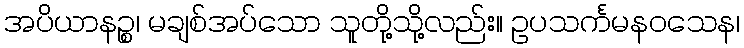
အပိယာနဉ္စ၊ မချစ်အပ်သော သူတို့သို့လည်း။ ဥပသင်္ကမနဝသေန၊